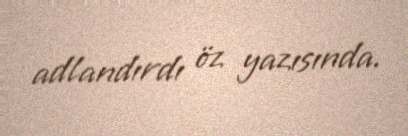
adlandırdı öz yazısında.